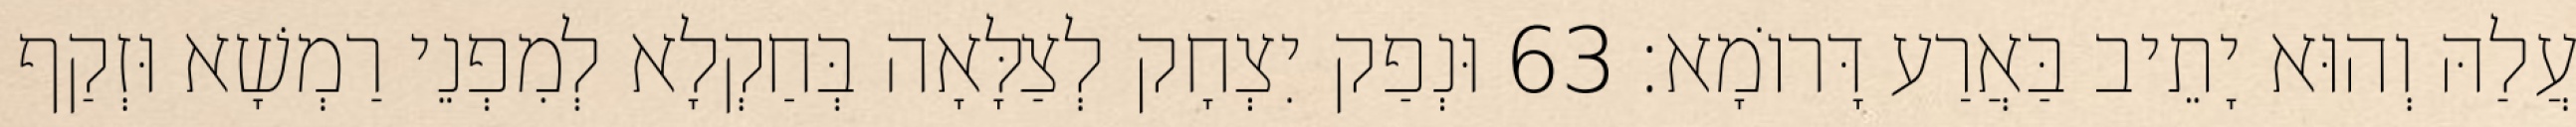
עֲלַהּ וְהוּא יָתֵיב בַּאֲרַע דָּרוֹמָא׃ 63 וּנְפַק יִצְחָק לְצַלָּאָה בְּחַקְלָא לְמִפְנֵי רַמְשָׁא וּזְקַף